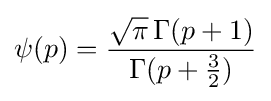
\psi (p)={\frac {{\sqrt {\pi }}\,\Gamma (p+1)}{\Gamma (p+{\frac {3}{2}})}}